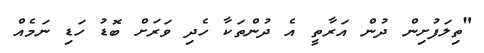
"ތިލަފުށިން ދުން އަރާތީ އެ ދުންތަކާ ހެދި ވަރަށް ބޮޑު ހަޑި ނަމެއް